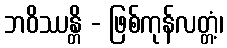
ဘဝိဿန္တိ - ဖြစ်ကုန်လတ္တံ့၊